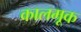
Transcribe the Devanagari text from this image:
कालमूक